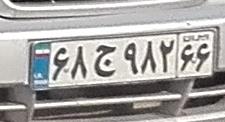
۶۸ج۹۸۲۶۶